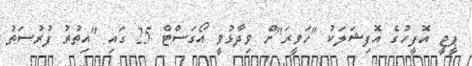
ޕީޖީ އޮފީހުގެ އޮފިޝަލަކު "ހަވީރަ"ށް ވިދާޅުވީ އޯގަސްޓް 25 ގައި "އިތުރު ފުރުސަތު